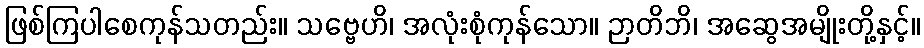
ဖြစ်ကြပါစေကုန်သတည်း။ သဗ္ဗေဟိ၊ အလုံးစုံကုန်သော။ ဉာတိဘိ၊ အဆွေအမျိုးတို့နှင့်။